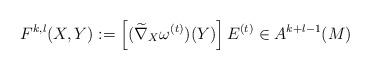
LaTeX: \begin{align*}F^{k,l}(X,Y):=\left[(\widetilde{\nabla}_X\omega^{(t)})(Y)\right]E^{(t)}\in A^{k+l-1}(M)\end{align*}